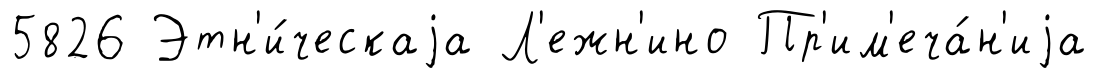
5826 Этн'и́ческаjа Л'ежн'ино Пр'им'еча́н'иjа